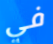
في